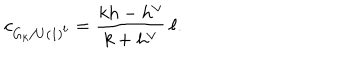
c _ { G _ { k } / U ( 1 ) ^ { \ell } } = \frac { k h - h ^ { \vee } } { k + h ^ { \vee } } \, \ell .